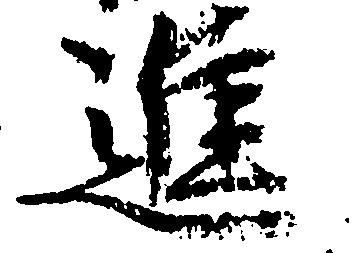
進